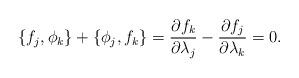
LaTeX: \begin{align*}\{f_j,\phi_k\}+\{\phi_j,f_k\}=\frac{\partial f_k}{\partial \lambda_j}-\frac{\partial f_j}{\partial \lambda_k}=0.\end{align*}